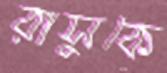
রাসুকে